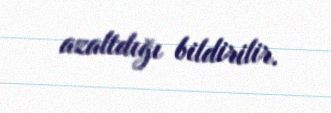
azaltdığı bildirilir.